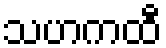
သဟကထီ